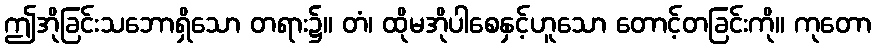
ဤအိုခြင်းသဘောရှိသော တရား၌။ တံ၊ ထိုမအိုပါစေနှင့်ဟူသော တောင့်တခြင်းကို။ ကုတော